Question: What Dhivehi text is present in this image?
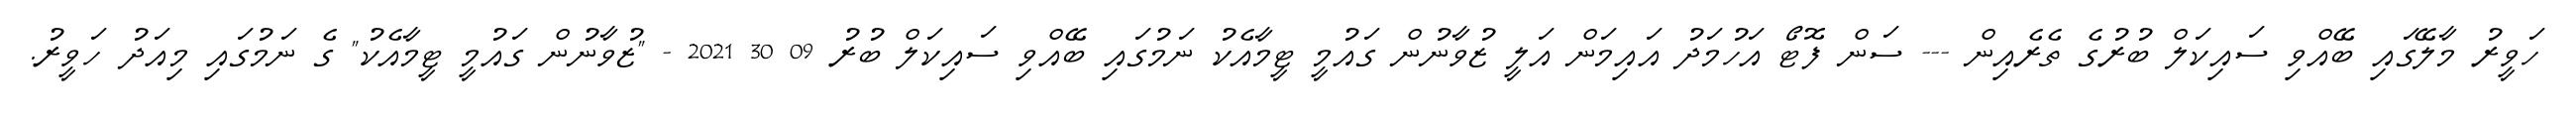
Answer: ހަވީރު މާލޭގައި ބޭއްވި ސައިކަލް ބުރުގެ ތެރެއިން --- ސަން ފޮޓޯ އަހުމަދު އައިމަން އަލީ ޒުވާނުން ގައުމީ ޓީމާއެކު ނަމުގައި ބޭއްވި ސައިކަލް ބުރު 09 30 2021 - "ޒުވާނުން ގައުމީ ޓީމާއެކު" ގެ ނަމުގައި މިއަދު ހަވީރު.